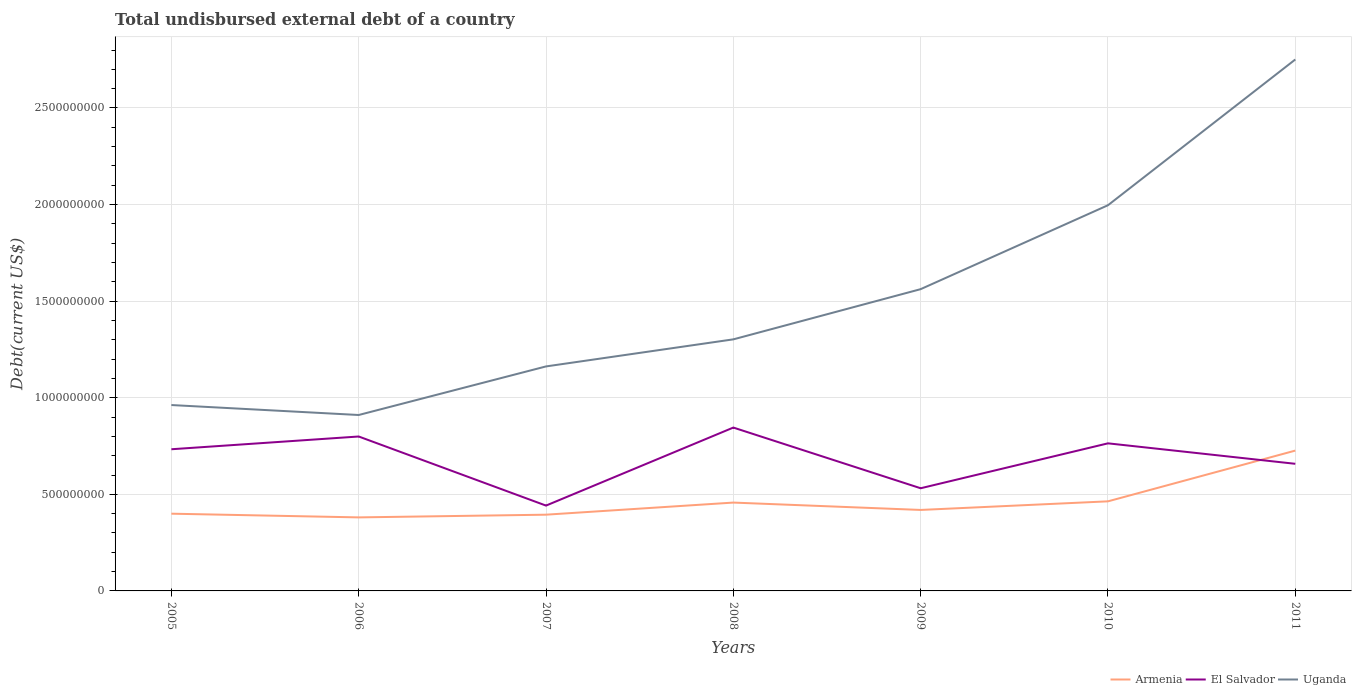
| Years | Armenia | El Salvador | Uganda |
 | --- | --- | --- | --- |
 | 2005 | 4e+08 | 7.33e+08 | 9.62e+08 |
 | 2006 | 3.81e+08 | 7.99e+08 | 9.11e+08 |
 | 2007 | 3.95e+08 | 4.42e+08 | 1.16e+09 |
 | 2008 | 4.57e+08 | 8.46e+08 | 1.3e+09 |
 | 2009 | 4.19e+08 | 5.31e+08 | 1.56e+09 |
 | 2010 | 4.64e+08 | 7.64e+08 | 2e+09 |
 | 2011 | 7.26e+08 | 6.58e+08 | 2.75e+09 |